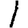
Digit: 1